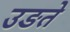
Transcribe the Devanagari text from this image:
उङते